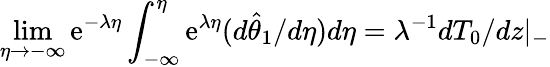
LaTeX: \operatorname*{lim}_{\eta\to-\infty}\mathrm{e}^{-\lambda\eta}\int_{-\infty}^{\eta}\mathrm{e}^{\lambda\eta}(d\hat{\theta}_{1}/d\eta)d\eta=\lambda^{-1}dT_{0}/dz|_{-}